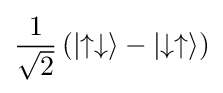
{\frac {1}{\sqrt {2}}}\left(\left|\uparrow \downarrow \right\rangle -\left|\downarrow \uparrow \right\rangle \right)